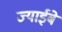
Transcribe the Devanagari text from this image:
ज्याईबे